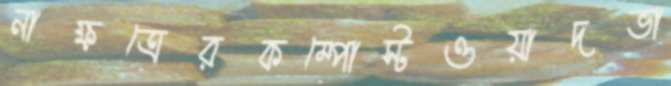
নাক্ষত্রেরকম্পোস্টওয়াদভা